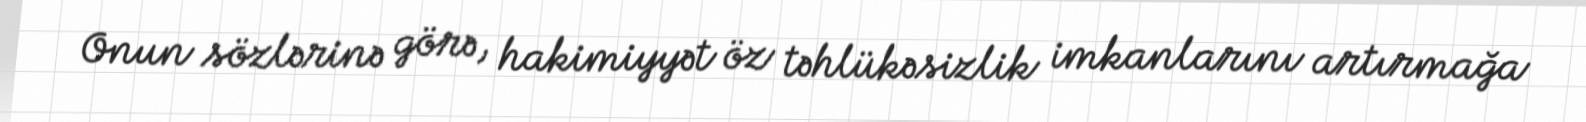
Onun sözlərinə görə, hakimiyyət öz təhlükəsizlik imkanlarını artırmağa